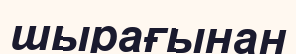
шырағынан